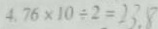
4 . 7 6 \times 1 0 \div 2 = 2 3 . 8